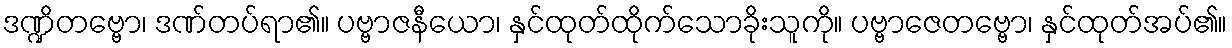
ဒဏ္ဍိတဗ္ဗော၊ ဒဏ်တပ်ရာ၏။ ပဗ္ဗာဇနီယော၊ နှင်ထုတ်ထိုက်သောခိုးသူကို။ ပဗ္ဗာဇေတဗ္ဗော၊ နှင်ထုတ်အပ်၏။